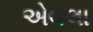
એવલા